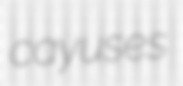
cayuses